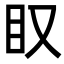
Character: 𥃫